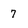
Character: 7